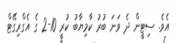
އެވެ. ސިޓީން ދެ ވަނަ ބުރު ކާމިޔާބު ކުރީ 10-2 ގެ އެގްރިގޭޓް